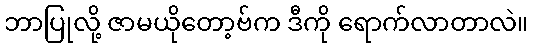
ဘာပြုလို့ ဇာမယိုတော့ဗ်က ဒီကို ရောက်လာတာလဲ။